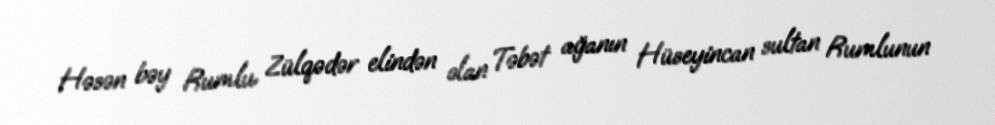
Həsən bəy Rumlu Zülqədər elindən olan Təbət ağanın Hüseyincan sultan Rumlunun